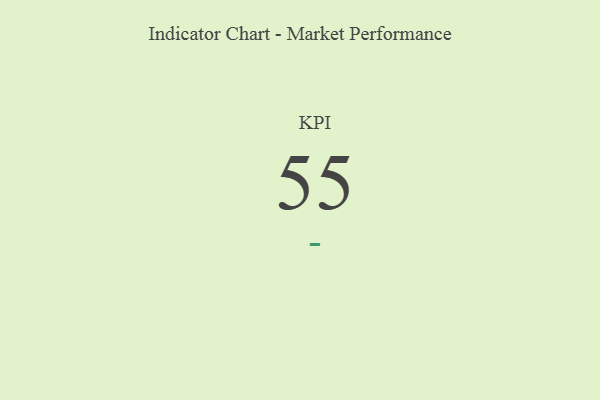
{"axis": {"x": "KPI", "y": "Value"}, "legend": [""], "data": [{"x": "KPI", "y": 55, "type": ""}]}